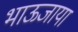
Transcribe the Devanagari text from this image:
भाऊजाया